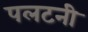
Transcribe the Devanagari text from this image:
पलटनी